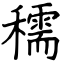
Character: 穤